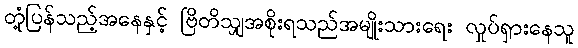
တုံ့ပြန်သည့်အနေနှင့် ဗြိတိသျှအစိုးရသည်အမျိုးသားရေး လှုပ်ရှားနေသူ